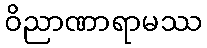
ဝိညာဏာရာမဿ